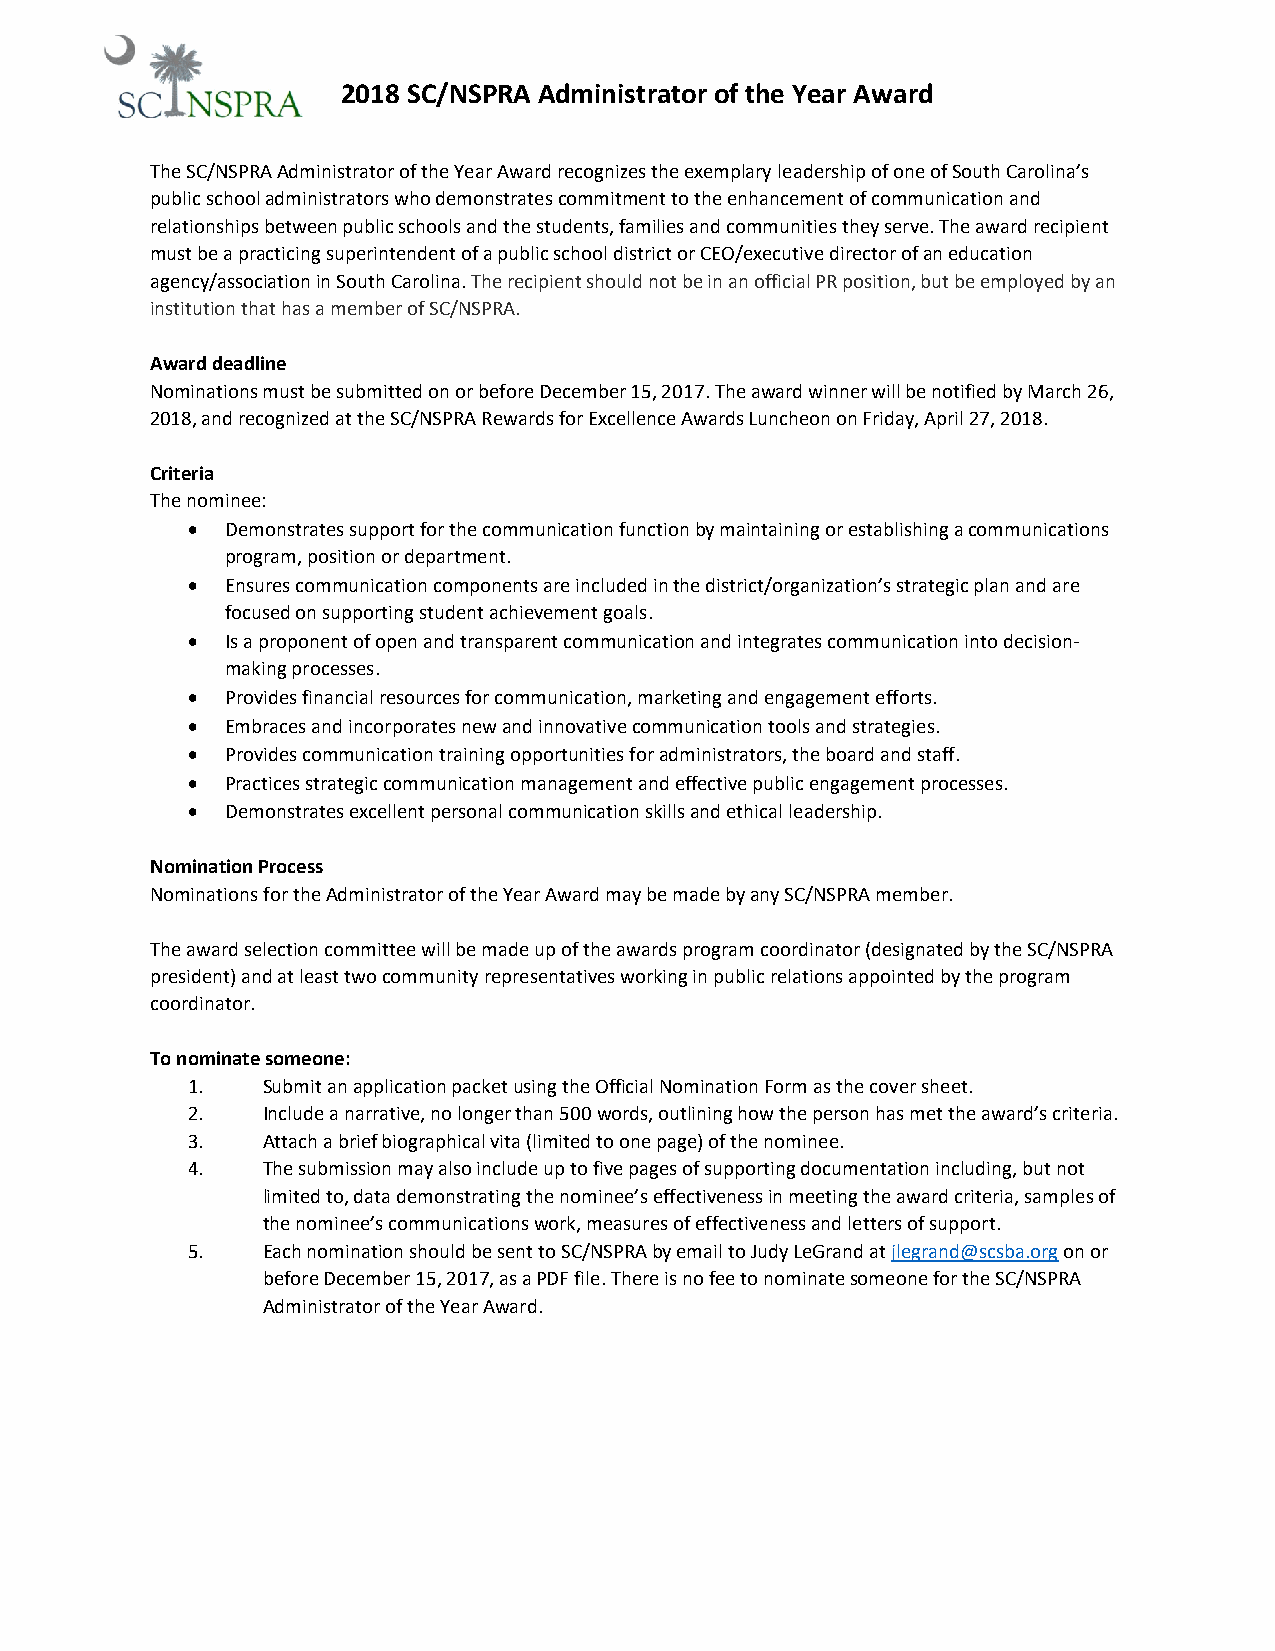
2018 SC/NSPRA Administrator of the Year Award
 The SC/NSPRA Administrator of the Year Award recognizes the exemplary leadership of one of South Carolina’s
 public school administrators who demonstrates commitment to the enhancement of communication and
 relationships between public schools and the students, families and communities they serve. The award recipient
 must be a practicing superintendent of a public school district or CEO/executive director of an education
 agency/association in South Carolina. The recipient should not be in an official PR position, but be employed by an
 institution that has a member of SC/NSPRA.
 Award deadline
 Nominations must be submitted on or before December 15, 2017. The award winner will be notified by March 26,
 2018, and recognized at the SC/NSPRA Rewards for Excellence Awards Luncheon on Friday, April 27, 2018.
 Criteria
 The nominee:
 •  Demonstrates support for the communication function by maintaining or establishing a communications
 program, position or department.
 •  Ensures communication components are included in the district/organization’s strategic plan and are
 focused on supporting student achievement goals.
 •  Is a proponent of open and transparent communication and integrates communication into decision-
 making processes.
 •  Provides financial resources for communication, marketing and engagement efforts.
 •  Embraces and incorporates new and innovative communication tools and strategies.
 •  Provides communication training opportunities for administrators, the board and staff.
 •  Practices strategic communication management and effective public engagement processes.
 •  Demonstrates excellent personal communication skills and ethical leadership.
 Nomination Process
 Nominations for the Administrator of the Year Award may be made by any SC/NSPRA member.
 The award selection committee will be made up of the awards program coordinator (designated by the SC/NSPRA
 president) and at least two community representatives working in public relations appointed by the program
 coordinator.
 To nominate someone:
 1.   Submit an application packet using the Official Nomination Form as the cover sheet.
 2.   Include a narrative, no longer than 500 words, outlining how the person has met the award’s criteria.
 3.   Attach a brief biographical vita (limited to one page) of the nominee.
 4.   The submission may also include up to five pages of supporting documentation including, but not
 limited to, data demonstrating the nominee’s effectiveness in meeting the award criteria, samples of
 the nominee’s communications work, measures of effectiveness and letters of support.
 5.   Each nomination should be sent to SC/NSPRA by email to Judy LeGrand at jlegrand@scsba.org on or
 before December 15, 2017, as a PDF file. There is no fee to nominate someone for the SC/NSPRA
 Administrator of the Year Award.